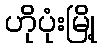
ဟိုပုံးမြို့